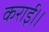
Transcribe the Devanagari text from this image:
कराई।।